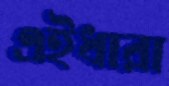
এইধারা